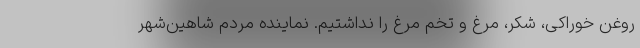
روغن خوراکی، شکر، مرغ و تخم مرغ را نداشتیم. نماینده مردم شاهین‌شهر